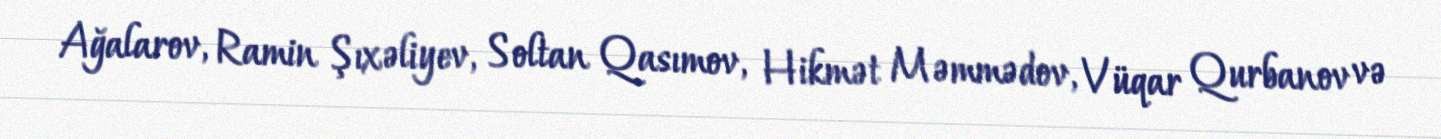
Ağalarov, Ramin Şıxəliyev, Soltan Qasımov, Hikmət Məmmədov, Vüqar Qurbanov və